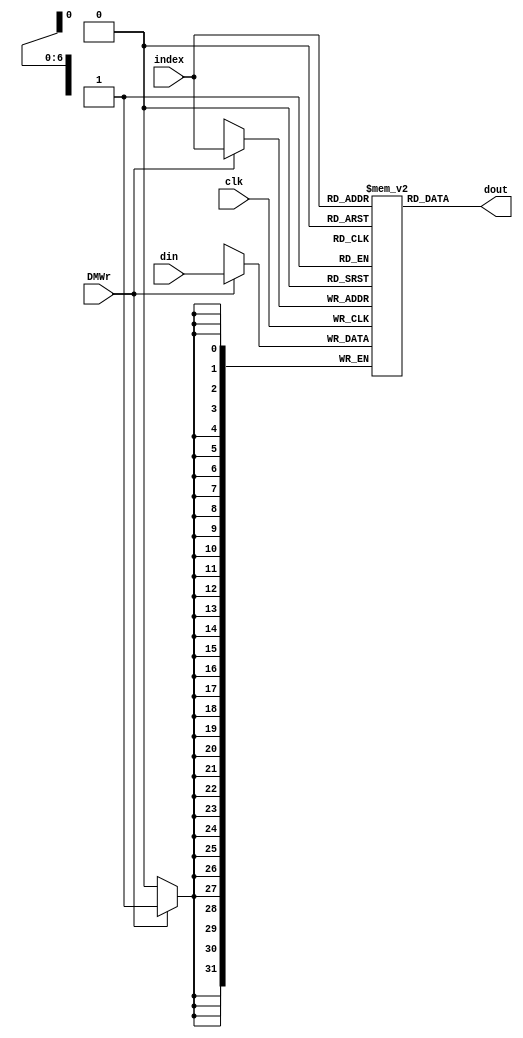
//data memory
module dm(
    input clk,
    input DMWr,
    input[6:0] index,
    input[31:0] din,
    output[31:0] dout
);
     
    reg[31:0] dmem[127:0];
   
    always @(posedge clk)
        if (DMWr)
        begin
            dmem[index] <= din;
        end
   
    assign dout = dmem[index];
    
endmodule